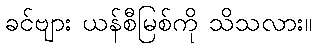
ခင်ဗျား ယန်စီမြစ်ကို သိသလား။